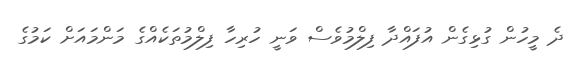
ދެ މީހުން ގުޅިގެން އުފައްދާ ފިލްމުވެސް ވަނީ ހުރިހާ ފިލްމުތަކެއްގެ މަންމައަށް ކަމުގެ